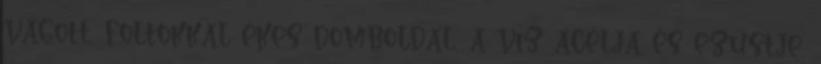
vágott, foltokkal ékes domboldal, a víz acélja és ezüstje,